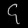
Digit: ၄